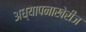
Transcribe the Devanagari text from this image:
अध्यापनाखेरीज